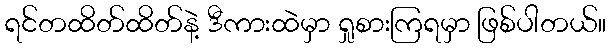
ရင်တထိတ်ထိတ်နဲ့ ဒီကားထဲမှာ ရှုစားကြရမှာ ဖြစ်ပါတယ်။